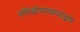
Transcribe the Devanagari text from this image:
प्रसिद्धीमाध्यमांद्वारे